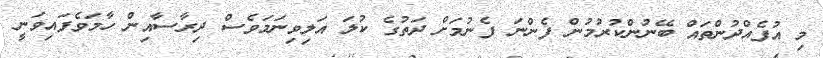
މި އުފެއްދުންތައް ބޭނުންކުރުމުން ފެންނަ ފެނުމަށް ދަތުގެ ކުލަ އަލިވިނަމަވެސް ދިރާސާއިން ހާމަވެފައިވަނީ